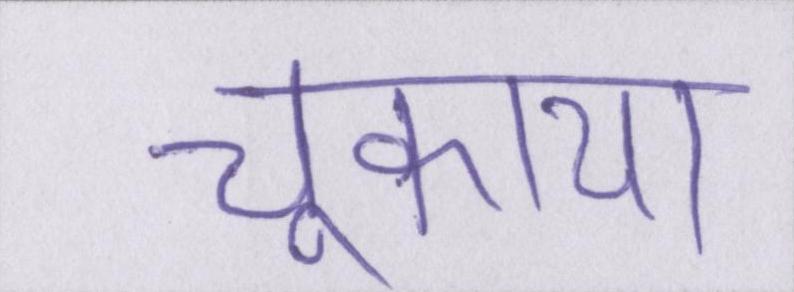
चुकाया